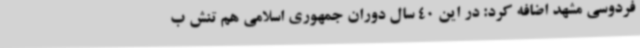
فردوسی مشهد اضافه کرد: در این 40 سال دوران جمهوری اسلامی هم تنش ب